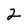
Character: 2